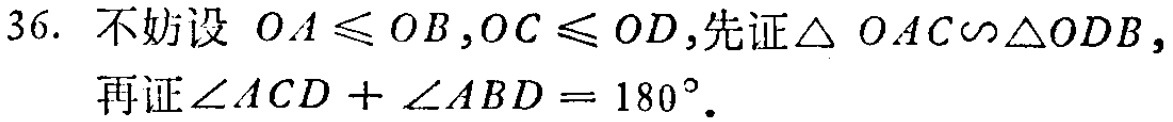
36. 不妨设 \( OA\leqslant OB,OC\leqslant OD \),先证\(\triangle OAC\sim\triangle ODB\)，再证\(\angle ACD+\angle ABD = 180^{\circ}\).